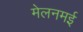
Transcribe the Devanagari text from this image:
मेलनमई